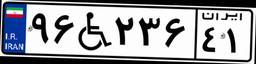
۹۶W۲۳۶۴۱